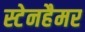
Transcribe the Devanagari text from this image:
स्टेनहैमर